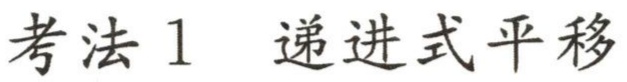
考法1 递进式平移